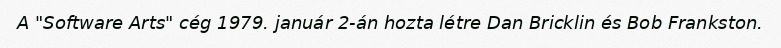
A "Software Arts" cég 1979. január 2-án hozta létre Dan Bricklin és Bob Frankston.